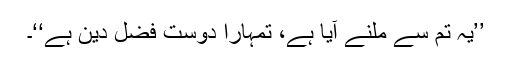
’’یہ تم سے ملنے آیا ہے، تمہارا دوست فضل دین ہے‘‘۔